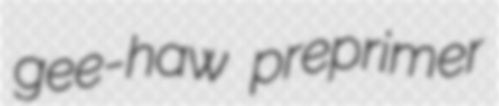
gee-haw preprimer